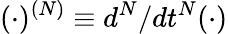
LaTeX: (\cdot)^{(N)}\equiv d^{N}/dt^{N}(\cdot)